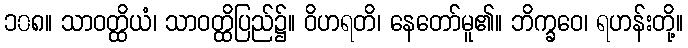
၁၀၈။ သာဝတ္ထိယံ၊ သာဝတ္ထိပြည်၌။ ဝိဟရတိ၊ နေတော်မူ၏။ ဘိက္ခဝေ၊ ရဟန်းတို့။